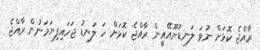
ރާއްޖެ ކޮޅަށް ނުވަ ލަނޑުޔޫއޭއީން ރާއްޖެ ކޮޅަށް ހަ ލަނޑު ޖަހައިފިޔަމަނުން ރާއްޖެ